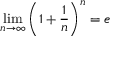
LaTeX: \operatorname* { l i m } _ { n \to \infty } \left( 1 + { \frac { 1 } { n } } \right) ^ { n } = e